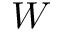
W